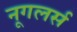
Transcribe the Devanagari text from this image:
नूगलर्स